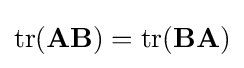
\operatorname {tr} (\mathbf {A} \mathbf {B} )=\operatorname {tr} (\mathbf {B} \mathbf {A} )